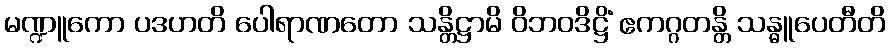
မဏ္ဍူကော ပဒဟတိ ပေါရာဏတော သန္တိဋ္ဌာမိ ဝိဘဝဒိဋ္ဌိံ ဧကဂ္ဂတန္တိ သန္ဓူပေတီတိ